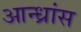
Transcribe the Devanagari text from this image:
आन्ध्रांस